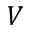
V